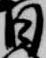
日